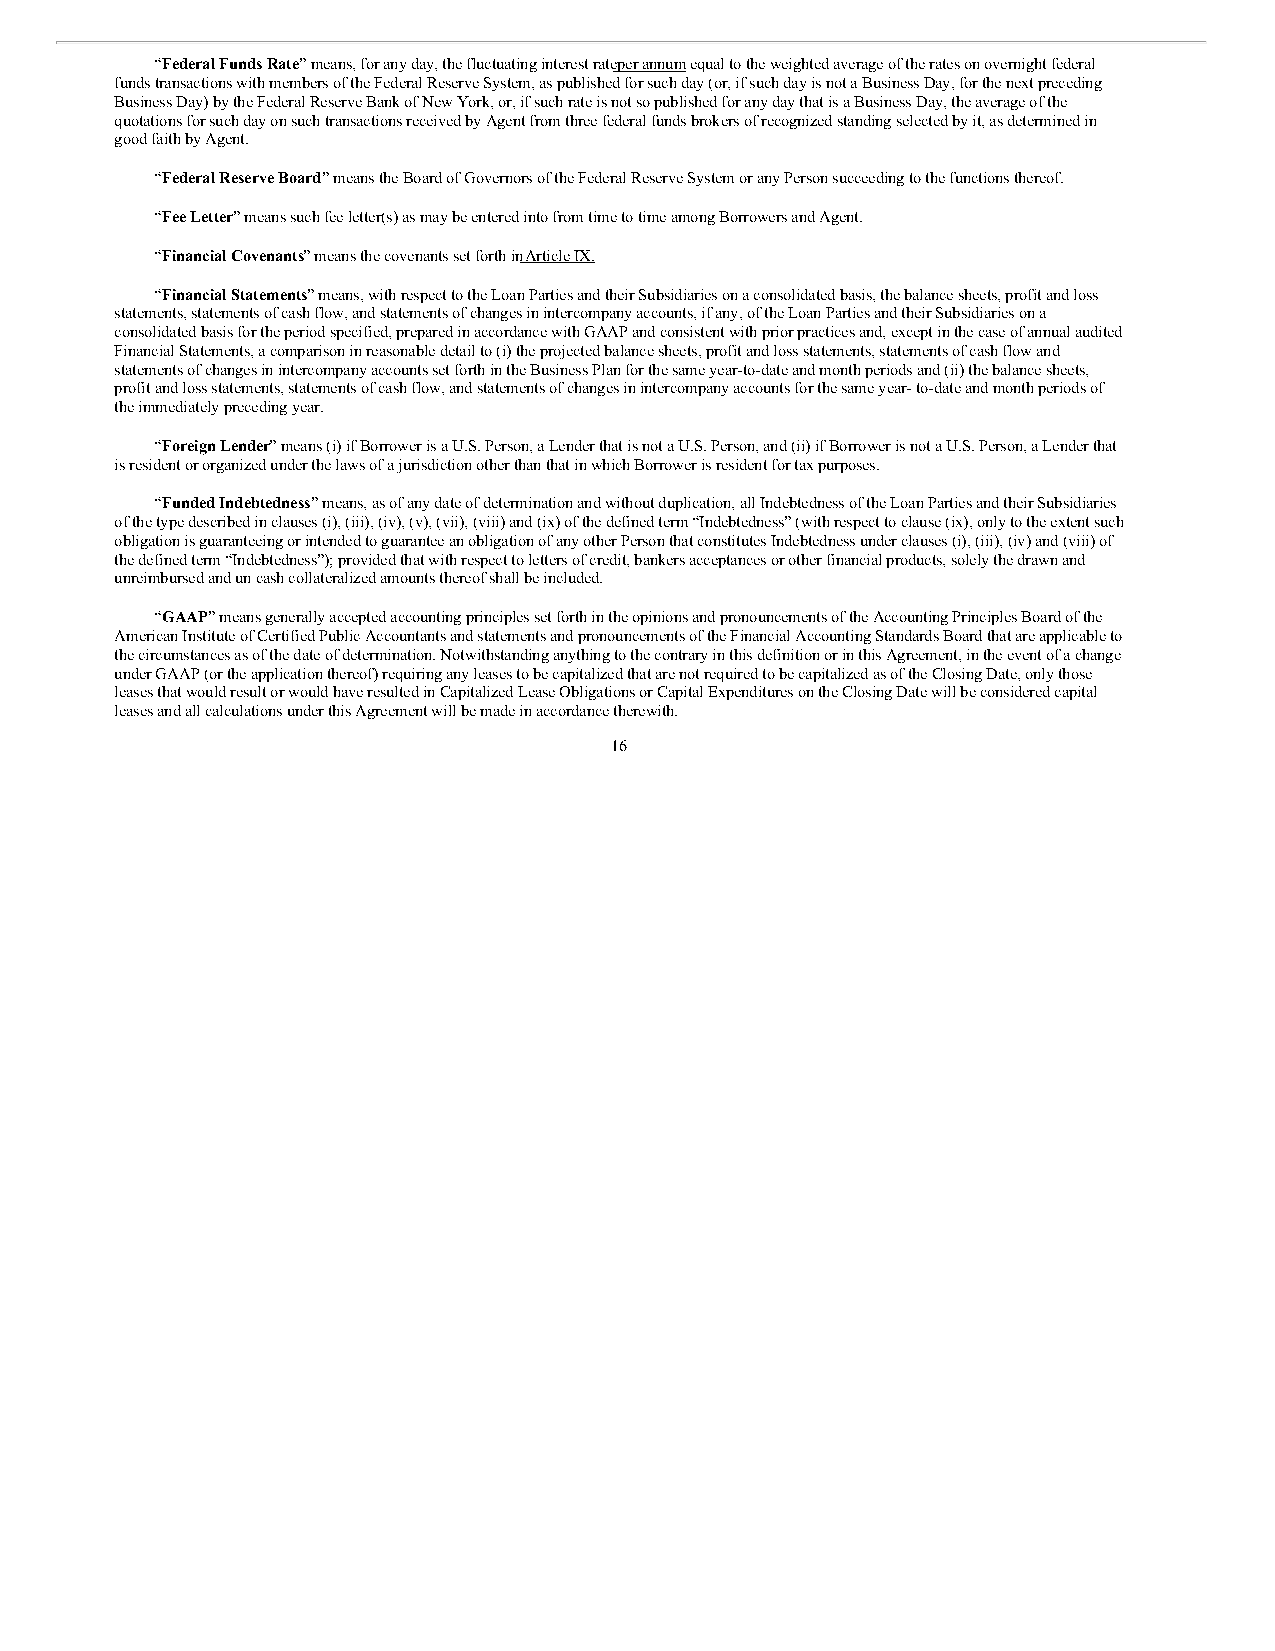
“Federal Funds Rate” means, for any day, the fluctuating interest rate per annum equal to the weighted average of the rates on overnight federal
 funds transactions with members of the Federal Reserve System, as published for such day (or, if such day is not a Business Day, for the next preceding
 Business Day) by the Federal Reserve Bank of New York, or, if such rate is not so published for any day that is a Business Day, the average of the
 quotations for such day on such transactions received by Agent from three federal funds brokers of recognized standing selected by it, as determined in
 good faith by Agent.
 “Federal Reserve Board” means the Board of Governors of the Federal Reserve System or any Person succeeding to the functions thereof.
 “Fee Letter” means such fee letter(s) as may be entered into from time to time among Borrowers and Agent.
 “Financial Covenants” means the covenants set forth in Article IX.
 “Financial Statements” means, with respect to the Loan Parties and their Subsidiaries on a consolidated basis, the balance sheets, profit and loss
 statements, statements of cash flow, and statements of changes in intercompany accounts, if any, of the Loan Parties and their Subsidiaries on a
 consolidated basis for the period specified, prepared in accordance with GAAP and consistent with prior practices and, except in the case of annual audited
 Financial Statements, a comparison in reasonable detail to (i) the projected balance sheets, profit and loss statements, statements of cash flow and
 statements of changes in intercompany accounts set forth in the Business Plan for the same year-to-date and month periods and (ii) the balance sheets,
 profit and loss statements, statements of cash flow, and statements of changes in intercompany accounts for the same year- to-date and month periods of
 the immediately preceding year.
 “Foreign Lender” means (i) if Borrower is a U.S. Person, a Lender that is not a U.S. Person, and (ii) if Borrower is not a U.S. Person, a Lender that
 is resident or organized under the laws of a jurisdiction other than that in which Borrower is resident for tax purposes.
 “Funded Indebtedness” means, as of any date of determination and without duplication, all Indebtedness of the Loan Parties and their Subsidiaries
 of the type described in clauses (i), (iii), (iv), (v), (vii), (viii) and (ix) of the defined term “Indebtedness” (with respect to clause (ix), only to the extent such
 obligation is guaranteeing or intended to guarantee an obligation of any other Person that constitutes Indebtedness under clauses (i), (iii), (iv) and (viii) of
 the defined term “Indebtedness”); provided that with respect to letters of credit, bankers acceptances or other financial products, solely the drawn and
 unreimbursed and un cash collateralized amounts thereof shall be included.
 “GAAP” means generally accepted accounting principles set forth in the opinions and pronouncements of the Accounting Principles Board of the
 American Institute of Certified Public Accountants and statements and pronouncements of the Financial Accounting Standards Board that are applicable to
 the circumstances as of the date of determination. Notwithstanding anything to the contrary in this definition or in this Agreement, in the event of a change
 under GAAP (or the application thereof) requiring any leases to be capitalized that are not required to be capitalized as of the Closing Date, only those
 leases that would result or would have resulted in Capitalized Lease Obligations or Capital Expenditures on the Closing Date will be considered capital
 leases and all calculations under this Agreement will be made in accordance therewith.
 16